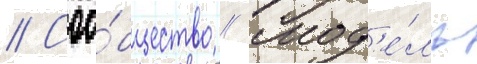
// Соо́бщество // Мод'е́ль